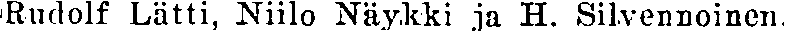
Rudolf Lätti, Niilo Näykki ja H. Silvennoinen.